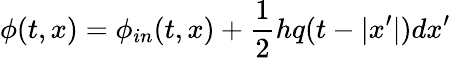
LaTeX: \phi(t,x)=\phi_{in}(t,x)+{\frac{1}{2}}hq(t-|x^{\prime}|)dx^{\prime}